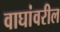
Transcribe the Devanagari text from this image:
वाघांवरील